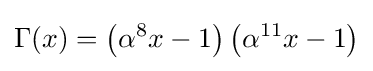
\Gamma (x)=\left(\alpha ^{8}x-1\right)\left(\alpha ^{11}x-1\right)